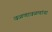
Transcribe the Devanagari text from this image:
वळणावळणांचा